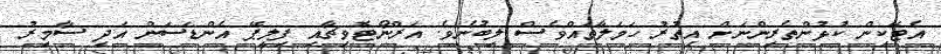
އެޓޭކިން ކުޅުންތެރިންނަށް އިތުރު ހަމަލާތައްވެސް ލިބުނެވެ. އަރްނޯޓޮވިޗާއި ފިލީޕޭ އެންޑަސަން އަދި ސާމިރު